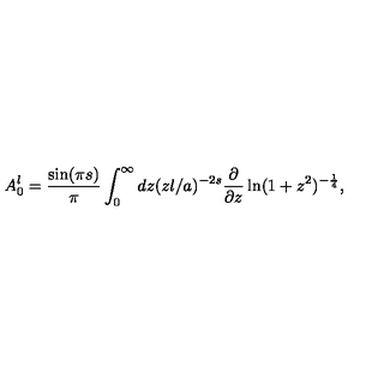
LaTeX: A _ { 0 } ^ { l } = { \frac { \sin ( \pi s ) } { \pi } } \int _ { 0 } ^ { \infty } d z ( z l / a ) ^ { - 2 s } { \frac { \partial } { \partial z } } \ln ( 1 + z ^ { 2 } ) ^ { - { \frac { 1 } { 4 } } } ,